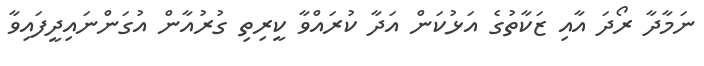
ނަމާދާ ރޯދަ އާއި ޒަކާތުގެ އަޅުކަން އަދާ ކުރައްވާ ކީރިތި ގުރުއާން އުގަންނައިދީފައިވާ